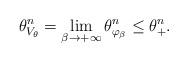
LaTeX: \begin{align*}\theta _{V_{\theta}}^n = \lim_{\beta\to +\infty} \theta_{\varphi_{\beta}}^n \leq \theta_{+}^n. \end{align*}